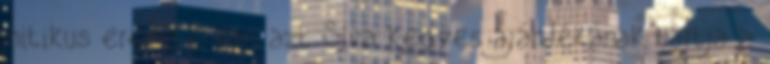
mitikus eredete van, azt Síva kegyes ajándékának tartja a